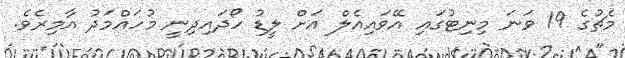
މެޗުގެ 19 ވަނަ މިނިޓުގައި އޭވައިއެލް އަށް ލީޑު ހޯދައިދިނީ މުހައްމަދު އާމިރެވެ.